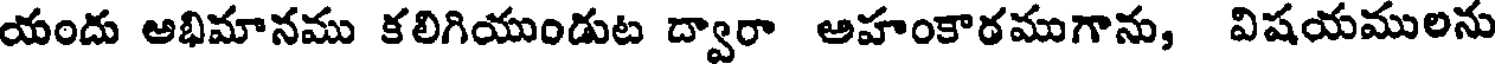
యందు అభిమానము కలిగియుండుట ద్వారా అహంకారముగాను, విషయములను